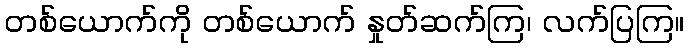
တစ်ယောက်ကို တစ်ယောက် နှုတ်ဆက်ကြ၊ လက်ပြကြ။